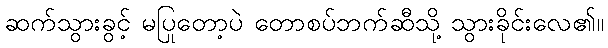
ဆက်သွားခွင့် မပြုတော့ပဲ တောစပ်ဘက်ဆီသို့ သွားခိုင်းလေ၏။